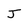
Character: j